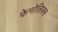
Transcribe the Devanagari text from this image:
फेनोलिक्स